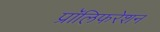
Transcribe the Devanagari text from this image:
प्रॉलिफरेशन